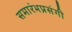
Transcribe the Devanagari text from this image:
समारंभप्रसंगी